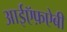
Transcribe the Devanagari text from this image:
आईऍफ़ऐबी